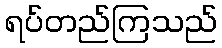
ရပ်တည်ကြသည်